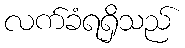
လက်ခံရရှိသည်